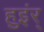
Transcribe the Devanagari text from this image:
हुइंर्